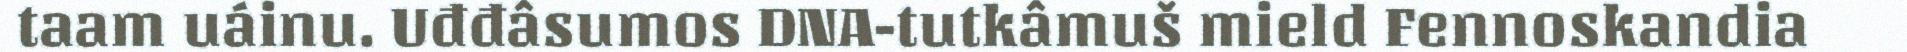
taam uáinu. Uđđâsumos DNA-tutkâmuš mield Fennoskandia